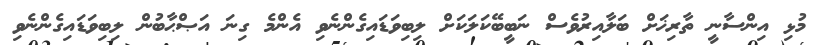
މުޅި އިންސާނީ ތާރިޚަށް ބަލާއިރުވެސް ނަބީބޭކަލަކަށް ލިބިވަޑައިގެންނެވި އެންމެ ގިނަ އަޞްޙާބުން ލިބިވަޑައިގެންނެވި